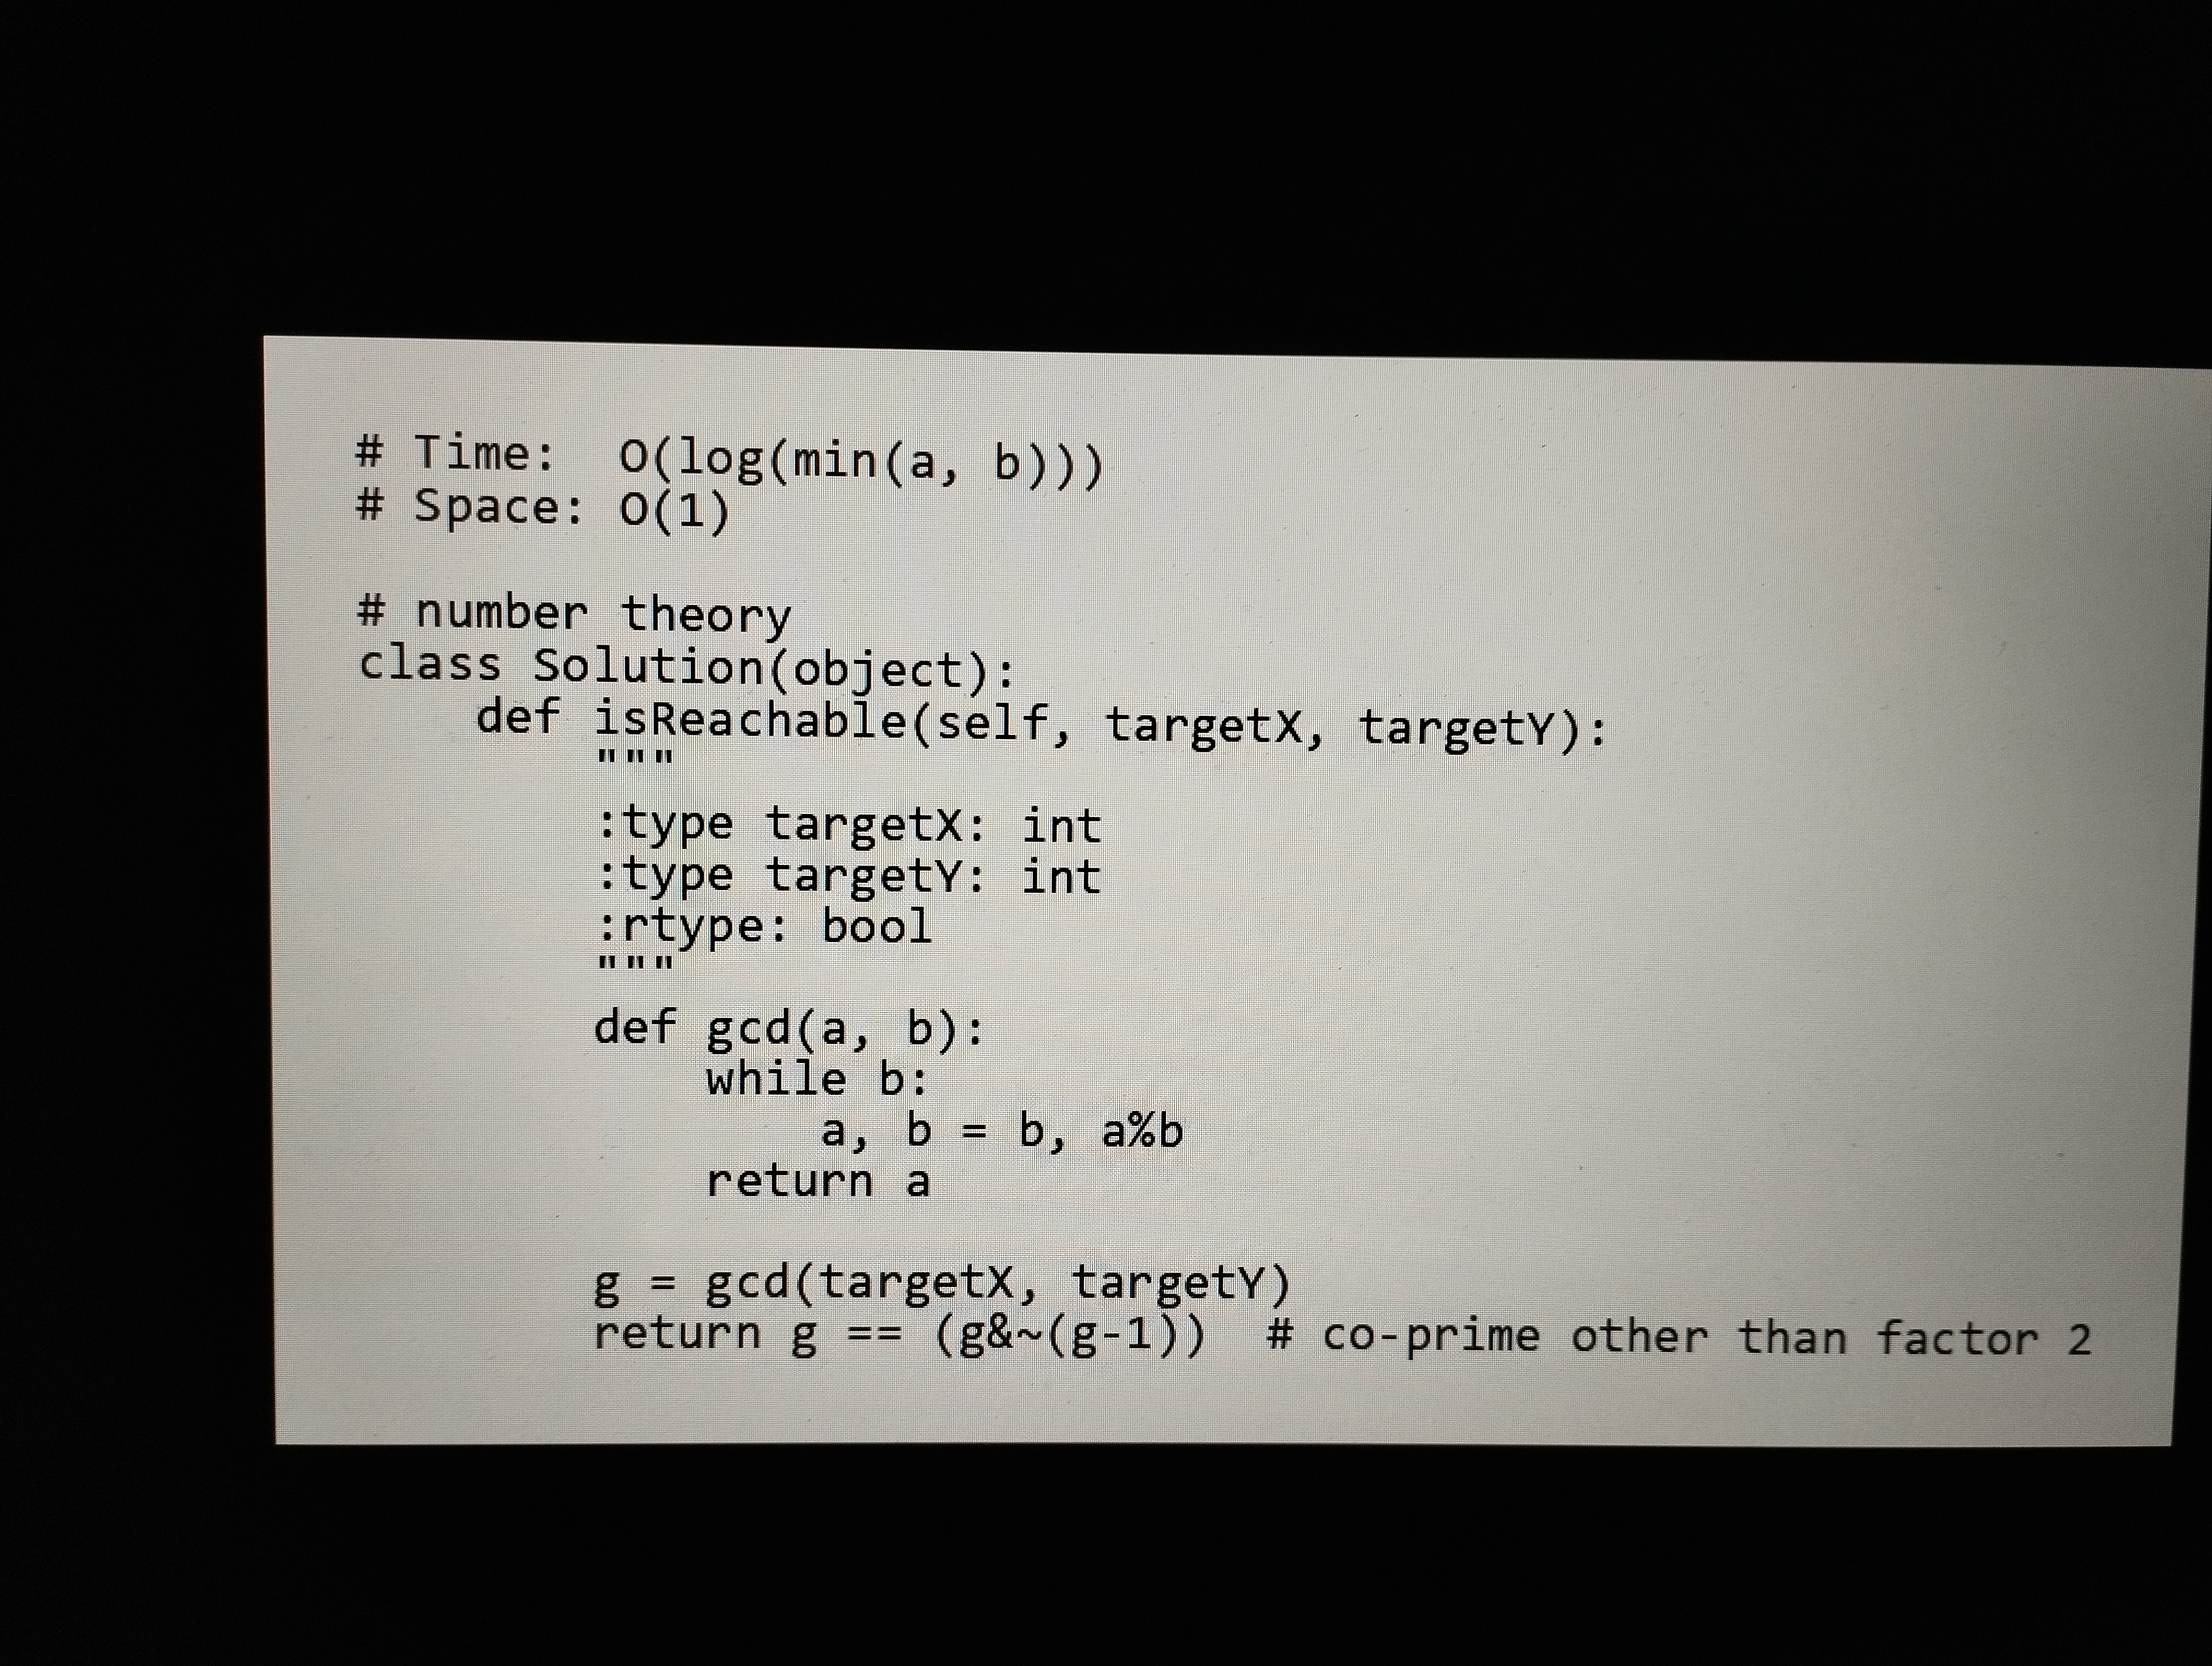
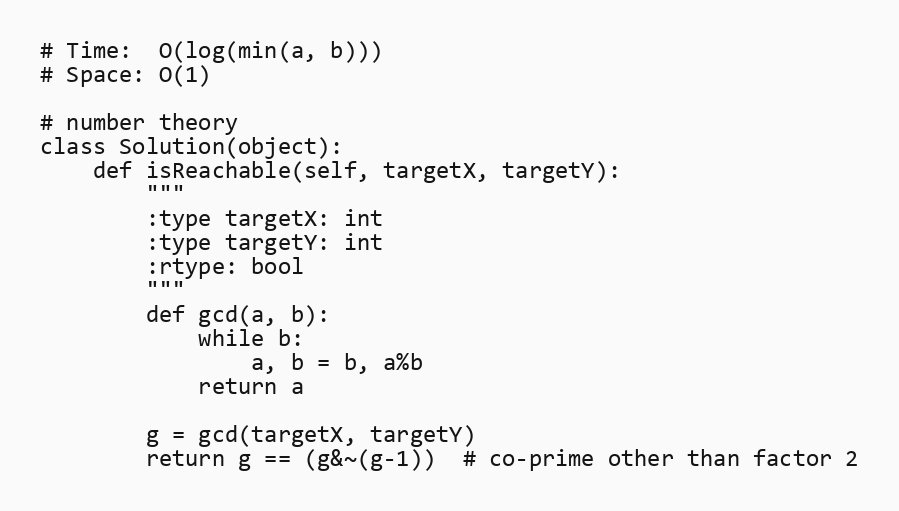
# Time:  O(log(min(a, b)))
# Space: O(1)

# number theory
class Solution(object):
    def isReachable(self, targetX, targetY):
        """
        :type targetX: int
        :type targetY: int
        :rtype: bool
        """
        def gcd(a, b):
            while b:
                a, b = b, a%b
            return a

        g = gcd(targetX, targetY)
        return g == (g&~(g-1))  # co-prime other than factor 2